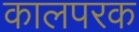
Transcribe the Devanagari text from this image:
कालपरक